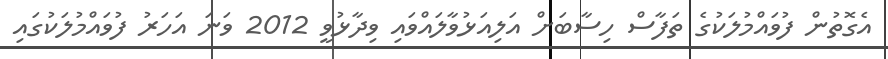
އެގޮތުން ފުވައްމުލަކުގެ ތަފާސް ހިސާބަށް އަލިއަޅުވާލައްވައި ވިދާޅުވީ 2012 ވަނަ އަހަރު ފުވައްމުލަކުގައި